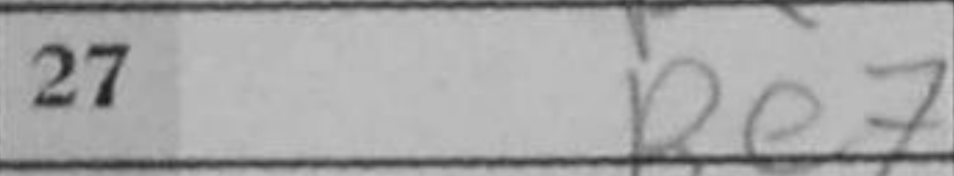
Transcription: Be7